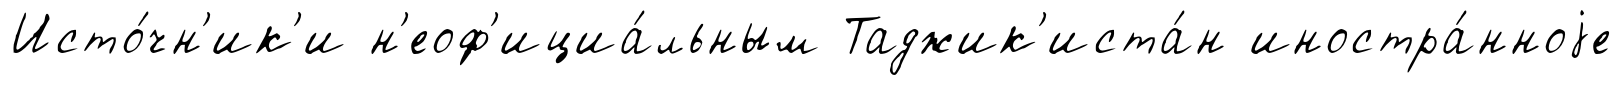
Исто́чн'ик'и н'еоф'ициа́льным Таджик'иста́н иностра́нноjе